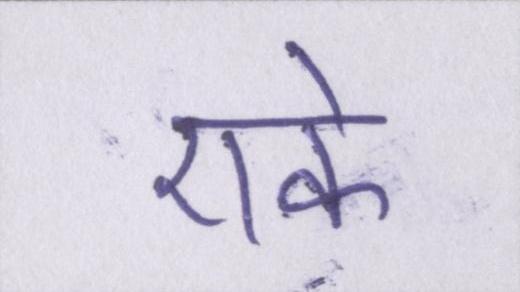
एके